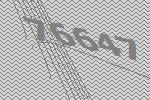
76647